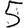
Digit: 5